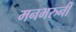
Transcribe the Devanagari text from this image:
मनभरुनी